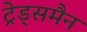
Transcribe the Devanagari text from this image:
ट्रेड्समैन